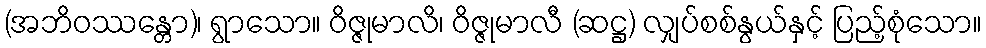
(အဘိဝဿန္တော)၊ ရွာသော။ ဝိဇ္ဇုမာလိ၊ ဝိဇ္ဇုမာလီ (ဆဋ္ဌ) လျှပ်စစ်နွယ်နှင့် ပြည့်စုံသော။